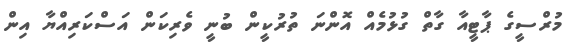
މުރްސީގެ ޕާޓީއާ ގާތް ގުޅުމެއް އޮންނަ ތުރުކީން ބުނީ ވެރިކަން އަސްކަރިއްޔާ އިން